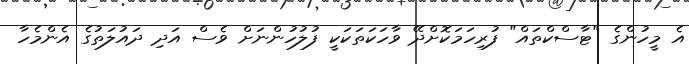
އެ މީހުންގެ "ޓާސްކްތައް" ފުރިހަމަކޮށްދޭ ވާހަކަތަކަކީ ފުލުހުންނަށް ވެސް އަދި ދައުލަތުގެ އެންމެހާ